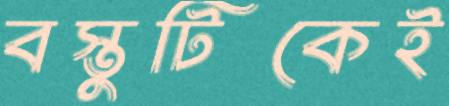
বস্তুটিকেই